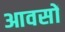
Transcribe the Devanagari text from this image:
आवसों